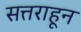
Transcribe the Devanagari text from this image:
सत्तराहून